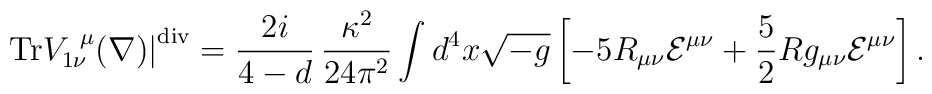
\left. {\rm Tr} V_{1\nu}^{~\mu}(\nabla) \right|^{{\rm div}} =\frac{2 i}{4-d} \, \frac{\kappa^2}{24 \pi^2} \int d^4x \sqrt{-g}\left[ -5 R_{\mu\nu} {\cal E}^{\mu\nu} +\frac{5}{2} R g_{\mu\nu}  {\cal E}^{\mu\nu} \right] .